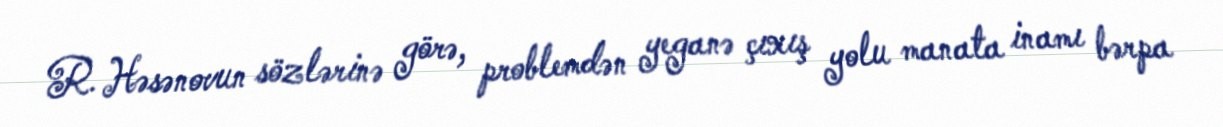
R. Həsənovun sözlərinə görə, problemdən yeganə çıxış yolu manata inamı bərpa